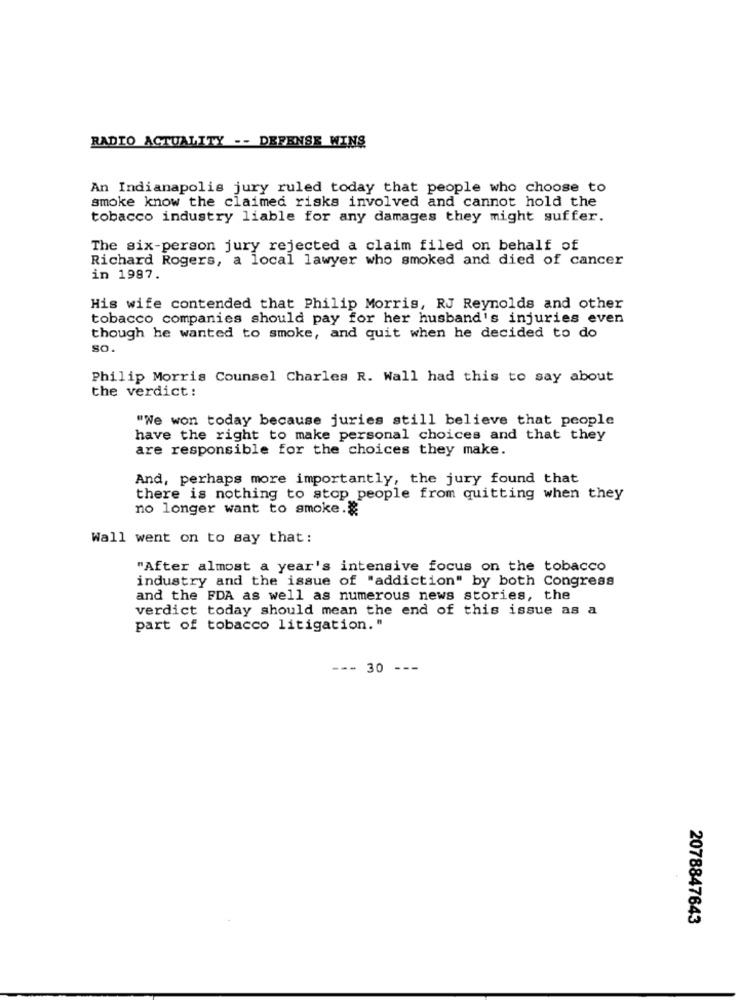
RADIO ACTUALITY -- DEFENSE WINS
An Indianapolis jury ruled today that people who choose to
smoke know the claimed risks involved and cannot hold the
tobacco industry liable for any damages they might suffer.
The six-person jury rejected a claim filed on behalf of
Richard Rogers, a local lawyer who smoked and died of cancer
in 1987.
His wife contended that Philip Morris, RJ Reynolds and other
tobacco companies should pay for her husband's injuries even
though he wanted to smoke, and quit when he decided to do
SO.
Philip Morris Counsel Charles R. Wall had this to say about
the verdict:
"We won today because juries still believe that people
have the right to make personal choices and that they
are responsible for the choices they make.
And, perhaps more importantly, the jury found that
there is nothing to stop people from quitting when they
no longer want to smoke.
Wall went on to say that:
"After almost a year's intensive focus on the tobacco
industry and the issue of "addiction" by both Congress
and the FDA as well as numerous news stories, the
verdict today should mean the end of this issue as a
part of tobacco litigation."
--- 30 ---
2078847643